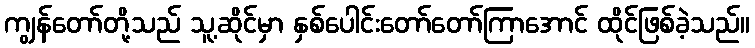
ကျွန်တော်တို့သည် သူ့ဆိုင်မှာ နှစ်ပေါင်းတော်တော်ကြာအောင် ထိုင်ဖြစ်ခဲ့သည်။